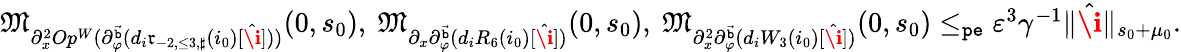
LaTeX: \begin{array}{r}{\mathfrak{M}_{\partial_{x}^{2}Op^{W}(\partial_{\varphi}^{\vec{\mathtt{b}}}(d_{i}\mathfrak{r}_{-2,\le 3,\sharp}(i_{0})[\hat{\textbf{\i}}]))}(0,s_{0}),\ \mathfrak{M}_{\partial_{x}\partial_{\varphi}^{\vec{\mathtt{b}}}(d_{i}R_{6}(i_{0})[\hat{\textbf{\i}}])}(0,s_{0}),\ \mathfrak{M}_{\partial_{x}^{2}\partial_{\varphi}^{\vec{\mathtt{b}}}(d_{i}W_{3}(i_{0})[\hat{\textbf{\i}}])}(0,s_{0})\le_{\mathtt{pe}}\varepsilon^{3}\gamma^{-1}\rVert\hat{\textbf{\i}}\rVert_{s_{0}+\mu_{0}}.}\end{array}